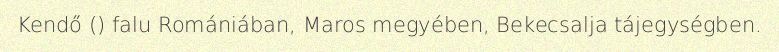
Kendő () falu Romániában, Maros megyében, Bekecsalja tájegységben.